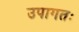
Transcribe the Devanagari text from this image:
उपागतः